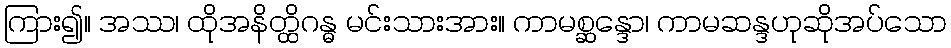
ကြား၍။ အဿ၊ ထိုအနိတ္ထိဂန္ဓ မင်းသားအား။ ကာမစ္ဆန္ဒော၊ ကာမဆန္ဒဟုဆိုအပ်သော